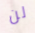
لن